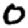
Digit: 0